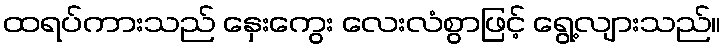
ထရပ်ကားသည် နှေးကွေး လေးလံစွာဖြင့် ရွေ့လျားသည်။